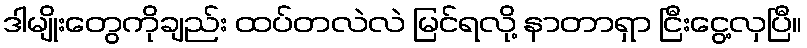
ဒါမျိုးတွေကိုချည်း ထပ်တလဲလဲ မြင်ရလို့ နာတာရှာ ငြီးငွေ့လှပြီ။